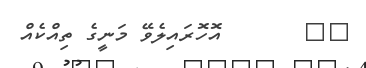
٣٧       އޮހޮރައިލެވޭ މަނީގެ ތިއްކެއް